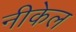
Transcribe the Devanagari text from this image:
नीकेल